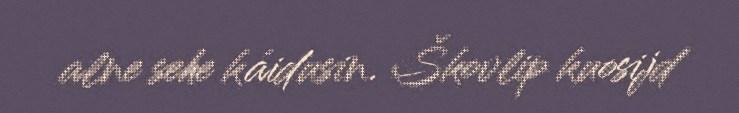
alne sehe káidusin. Škovlip kuosijd